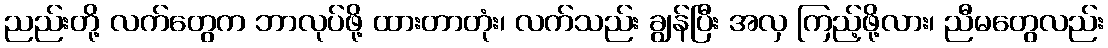
ညည်းတို့ လက်တွေက ဘာလုပ်ဖို့ ထားတာတုံး၊ လက်သည်း ချွန်ပြီး အလှ ကြည့်ဖို့လား၊ ညီမတွေလည်း